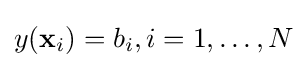
y(\mathbf {x} _{i})=b_{i},i=1,\ldots ,N